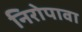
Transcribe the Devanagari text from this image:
निरोपावा